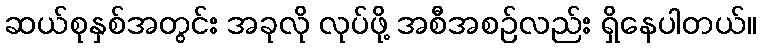
ဆယ်စုနှစ်အတွင်း အခုလို လုပ်ဖို့ အစီအစဉ်လည်း ရှိနေပါတယ်။